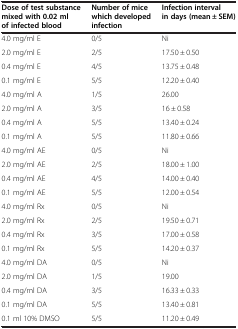
<table><thead><tr><td><b>Dose of test substance mixed with 0.02 ml of infected blood</b></td><td><b>Number of mice which developed infection</b></td><td><b>Infection interval in days (mean ± SEM)</b></td></tr></thead><tbody><tr><td>4.0 mg/ml E</td><td>0/5</td><td>Ni</td></tr><tr><td>2.0 mg/ml E</td><td>2/5</td><td>17.50 ± 0.50</td></tr><tr><td>0.4 mg/ml E</td><td>4/5</td><td>13.75 ± 0.48</td></tr><tr><td>0.1 mg/ml E</td><td>5/5</td><td>12.20 ± 0.40</td></tr><tr><td>4.0 mg/ml A</td><td>1/5</td><td>26.00</td></tr><tr><td>2.0 mg/ml A</td><td>3/5</td><td>16 ± 0.58</td></tr><tr><td>0.4 mg/ml A</td><td>5/5</td><td>13.40 ± 0.24</td></tr><tr><td>0.1 mg/ml A</td><td>5/5</td><td>11.80 ± 0.66</td></tr><tr><td>4.0 mg/ml AE</td><td>0/5</td><td>Ni</td></tr><tr><td>2.0 mg/ml AE</td><td>2/5</td><td>18.00 ± 1.00</td></tr><tr><td>0.4 mg/ml AE</td><td>4/5</td><td>14.00 ± 0.40</td></tr><tr><td>0.1 mg/ml AE</td><td>5/5</td><td>12.00 ± 0.54</td></tr><tr><td>4.0 mg/ml Rx</td><td>0/5</td><td>Ni</td></tr><tr><td>2.0 mg/ml Rx</td><td>2/5</td><td>19.50 ± 0.71</td></tr><tr><td>0.4 mg/ml Rx</td><td>3/5</td><td>17.00 ± 0.58</td></tr><tr><td>0.1 mg/ml Rx</td><td>5/5</td><td>14.20 ± 0.37</td></tr><tr><td>4.0 mg/ml DA</td><td>0/5</td><td>Ni</td></tr><tr><td>2.0 mg/ml DA</td><td>1/5</td><td>19.00</td></tr><tr><td>0.4 mg/ml DA</td><td>3/5</td><td>16.33 ± 0.33</td></tr><tr><td>0.1 mg/ml DA</td><td>5/5</td><td>13.40 ± 0.81</td></tr><tr><td>0.1 ml 10% DMSO</td><td>5/5</td><td>11.20 ± 0.49</td></tr></tbody></table>